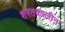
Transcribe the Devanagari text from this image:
शरतकालीन